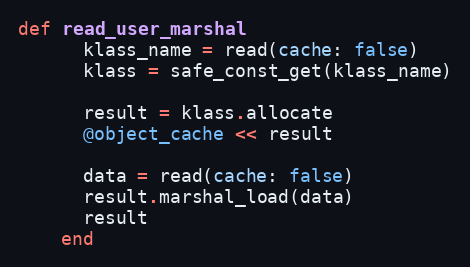
Language: Ruby
def read_user_marshal
      klass_name = read(cache: false)
      klass = safe_const_get(klass_name)

      result = klass.allocate
      @object_cache << result

      data = read(cache: false)
      result.marshal_load(data)
      result
    end